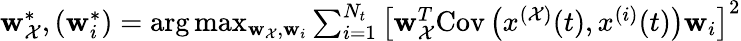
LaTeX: \begin{array}{r}{\mathbf{w}_{\mathcal{X}}^{*},(\mathbf{w}_{i}^{*})=\arg\operatorname*{max}_{\mathbf{w}_{\mathcal{X}},\mathbf{w}_{i}}\sum_{i=1}^{N_{t}}\left[\mathbf{w}_{\mathcal{X}}^{T}\textrm{Cov}\left(x^{(\mathcal{X})}(t),x^{(i)}(t)\right)\mathbf{w}_{i}\right]^{2}}\end{array}